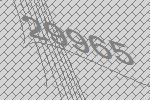
29965